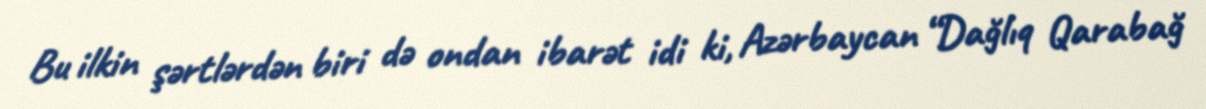
Bu ilkin şərtlərdən biri də ondan ibarət idi ki, Azərbaycan “Dağlıq Qarabağ